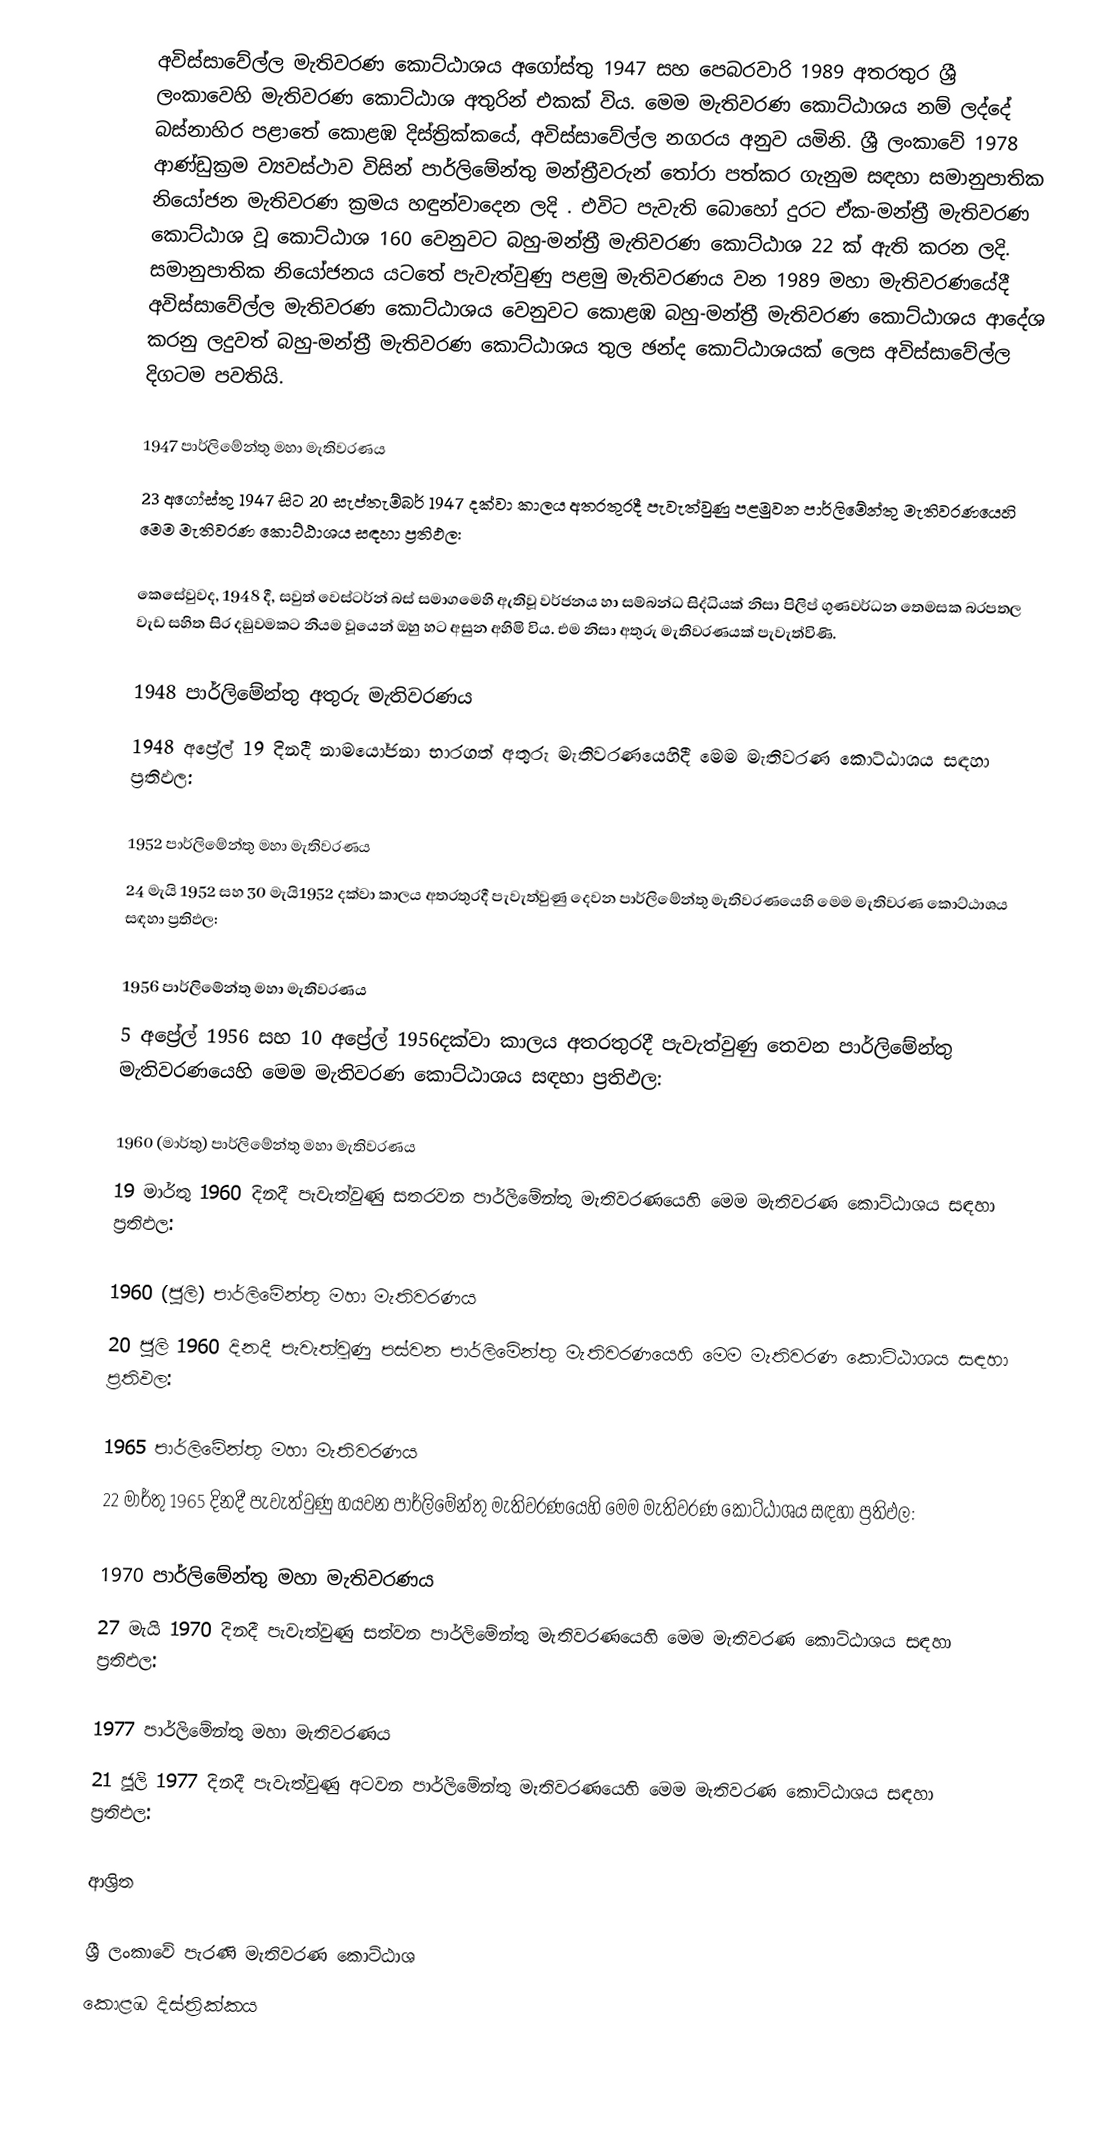
අවිස්සාවේල්ල මැතිවරණ කොට්ඨාශය  අගෝස්තු 1947 සහ පෙබරවාරි 1989 අතරතුර  ශ්‍රී ලංකාවෙහි  මැතිවරණ කොට්ඨාශ අතුරින් එකක් විය. මෙම මැතිවරණ කොට්ඨාශය නම් ලද්දේ  බස්නාහිර පළාතේ  කොළඹ දිස්ත්‍රික්කයේ,  අවිස්සාවේල්ල නගරය අනුව යමිනි. ශ්‍රී ලංකාවේ 1978 ආණ්ඩුක්‍රම ව්‍යවස්ථාව විසින්   පාර්ලිමේන්තු මන්ත්‍රීවරුන් තෝරා පත්කර ගැනුම සඳහා සමානුපාතික නියෝජන මැතිවරණ ක්‍රමය හඳුන්වාදෙන ලදි . එවිට පැවැති බොහෝ දුරට  ඒක-මන්ත්‍රී මැතිවරණ කොට්ඨාශ වූ කොට්ඨාශ 160 වෙනුවට බහු-මන්ත්‍රී මැතිවරණ කොට්ඨාශ 22 ක් ඇති කරන ලදි. සමානුපාතික නියෝජනය යටතේ  පැවැත්වුණු පළමු මැතිවරණය වන 1989 මහා මැතිවරණයේදී  අවිස්සාවේල්ල මැතිවරණ කොට්ඨාශය වෙනුවට  කොළඹ බහු-මන්ත්‍රී මැතිවරණ කොට්ඨාශය  ආදේශ කරනු ලදුවත් බහු-මන්ත්‍රී මැතිවරණ කොට්ඨාශය තුල ඡන්ද කොට්ඨාශයක් ලෙස අවිස්සාවේල්ල දිගටම පවතියි.

1947 පාර්ලිමේන්තු මහා මැතිවරණය
23 අගෝස්තු 1947 සිට 20 සැප්තැම්බර් 1947 දක්වා කාලය අතරතුරදී  පැවැත්වුණු  පළමුවන පාර්ලිමේන්තු මැතිවරණයෙහි මෙම මැතිවරණ කොට්ඨාශය සඳහා ප්‍රතිඵල:

කෙසේවුවද, 1948 දී, සවුත් වෙස්ටර්න් බස් සමාගමෙහි ඇතිවූ වර්ජනය හා සම්බන්ධ සිද්ධියක් නිසා පිලිප් ගුණවර්ධන තෙමසක බරපතල වැඩ සහිත සිර දඞුවමකට නියම වූයෙන් ඔහු හට අසුන අහිමි විය. එම නිසා අතුරු මැතිවරණයක් පැවැත්විණි.

1948 පාර්ලිමේන්තු අතුරු මැතිවරණය
1948 අප්‍රේල් 19 දිනදී  නාමයෝජනා භාරගත් අතුරු මැතිවරණයෙහිදී මෙම මැතිවරණ කොට්ඨාශය සඳහා ප්‍රතිඵල:

1952 පාර්ලිමේන්තු මහා මැතිවරණය
24 මැයි 1952 සහ 30 මැයි1952 දක්වා කාලය අතරතුරදී  පැවැත්වුණු  දෙවන පාර්ලිමේන්තු මැතිවරණයෙහි මෙම මැතිවරණ කොට්ඨාශය සඳහා ප්‍රතිඵල:

1956 පාර්ලිමේන්තු මහා මැතිවරණය
5 අප්‍රේල් 1956 සහ 10 අප්‍රේල් 1956දක්වා කාලය අතරතුරදී  පැවැත්වුණු  තෙවන පාර්ලිමේන්තු මැතිවරණයෙහි මෙම මැතිවරණ කොට්ඨාශය සඳහා ප්‍රතිඵල:

1960 (මාර්තු) පාර්ලිමේන්තු මහා මැතිවරණය
19 මාර්තු 1960 දිනදී  පැවැත්වුණු  සතරවන පාර්ලිමේන්තු මැතිවරණයෙහි මෙම මැතිවරණ කොට්ඨාශය සඳහා ප්‍රතිඵල:

1960 (ජූලි) පාර්ලිමේන්තු මහා මැතිවරණය
20 ජූලි 1960 දිනදී  පැවැත්වුණු  පස්වන පාර්ලිමේන්තු මැතිවරණයෙහි මෙම මැතිවරණ කොට්ඨාශය සඳහා ප්‍රතිඵල:

1965 පාර්ලිමේන්තු මහා මැතිවරණය
22 මාර්තු 1965  දිනදී  පැවැත්වුණු  හයවන පාර්ලිමේන්තු මැතිවරණයෙහි මෙම මැතිවරණ කොට්ඨාශය සඳහා ප්‍රතිඵල:

1970 පාර්ලිමේන්තු මහා මැතිවරණය
27 මැයි 1970 දිනදී  පැවැත්වුණු  සත්වන පාර්ලිමේන්තු මැතිවරණයෙහි මෙම මැතිවරණ කොට්ඨාශය සඳහා ප්‍රතිඵල:

1977 පාර්ලිමේන්තු මහා මැතිවරණය
21 ජූලි 1977 දිනදී  පැවැත්වුණු  අටවන පාර්ලිමේන්තු මැතිවරණයෙහි මෙම මැතිවරණ කොට්ඨාශය සඳහා ප්‍රතිඵල:

ආශ්‍රිත

ශ්‍රී ලංකාවේ පැරණි මැතිවරණ කොට්ඨාශ
 කොළඹ දිස්ත්‍රික්කය